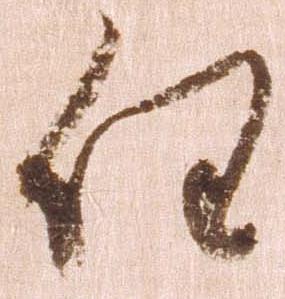
任